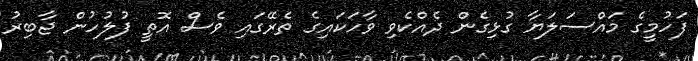
ފަހުމީގެ މައްސަލަޔާ ގުޅިގެން ދެއްކެވި ވާހަކައިގެ ތެރޭގައި ވެސް އޮތީ ފުލުހުން ޖާބިރު